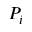
P _ { i }